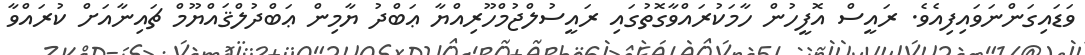
ވަޑައިގަންނަވައިފިއެވެ. ރައީސް އޮފީހުން ހާމަކުރައްވާގޮތުގައި ރައީސުލްޖުމްހޫރިއްޔާ ޢަބްދު ޔާމިން ޢަބްދުލްޤައްޔޫމް ޗައިނާއަށް ކުރައްވާ